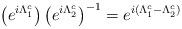
LaTeX: \begin{align*}\left( e^{i\Lambda _1^c}\right) \left( e^{i\Lambda _2^c}\right)^{-1}=e^{i(\Lambda _1^c-\Lambda _2^c)}\end{align*}